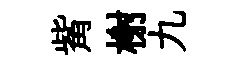
觜榭九